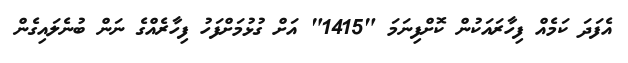
އެފަދަ ކަމެއް ފިހާރައަކުން ކޮށްފިނަމަ "1415" އަށް ގުޅުމަށްފަހު ފިހާރެއްގެ ނަން ބުނެލައިގެން